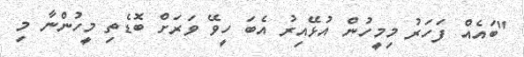
"ބައެއް ފަހަރު މިމީހުން އުޅޭއިރު އެބަ ހީވޭ ވަރަށް ބޮޑެތި މީހުންނާ މި